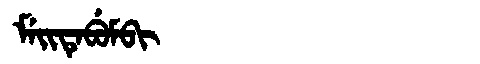
Manchu: ᠮᡝᡳᡨᡝᠪᡠᠮᠪᡳ
Romanization: MEITEBUMBI